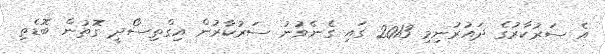
އެ ސަރުކާރުގެ ދައުރުނިމި 2013 ގައި ގެނެވުނު ސަރުކާރުން އިގްތިސޯދީ ގޮތުން ބޮޑެތި